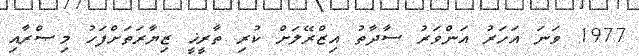
1977 ވަނަ އަހަރު އަންވަރު ސާދާތު އިޒްރޭލަށް ކުރި ތާރީޚީ ޒިޔާރަތަށްފަހު މިޞްރާއި